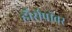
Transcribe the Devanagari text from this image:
हौर्सपॉवर